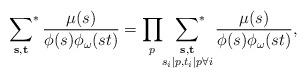
LaTeX: \begin{align*}\sideset{}{^*}\sum_{\mathbf{s},\mathbf{t}}\frac{\mu(s)}{\phi(s)\phi_{\omega}(st)}=\prod_{p}\sideset{}{^*}\sum_{\substack{\mathbf{s},\mathbf{t}\\ s_i|p, t_i|p\forall i}}\frac{\mu(s)}{\phi(s)\phi_{\omega}(st)},\end{align*}